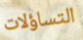
التساؤلات